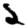
Digit: 2